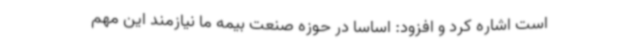
است اشاره کرد و افزود: اساسا در حوزه صنعت بیمه ما نیازمند این مهم